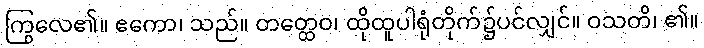
ကြွလေ၏။ ဧကော၊ သည်။ တတ္ထေဝ၊ ထိုထူပါရုံတိုက်၌ပင်လျှင်။ ဝသတိ၊ ၏။